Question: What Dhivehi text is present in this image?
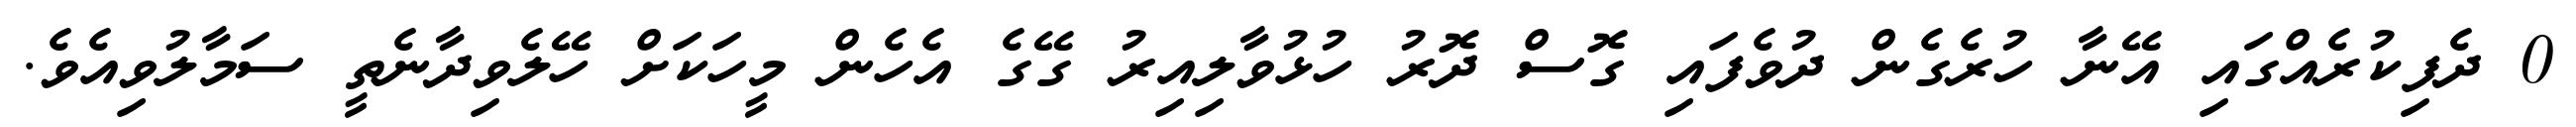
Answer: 0 ދެފިކުރެއްގައި އޭނާ ހުރެގެން ދުވެފައި ގޮސް ދޮރު ހުޅުވާލިއިރު ގޭގެ އެހެން މީހަކަށް ހޭލެވިދާނެތީ ސަމާލުވިއެވެ.